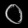
Digit: ၀